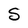
Character: S